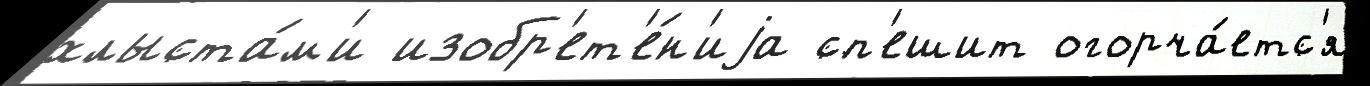
хлыста́м'и изобр'ет'е́н'иjа сп'ешит огорча́етс'я